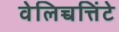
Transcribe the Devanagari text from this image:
वेलिच्चत्तिंटे